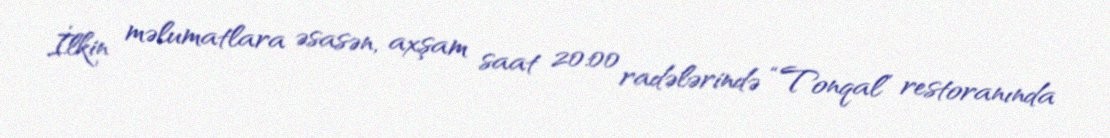
İlkin məlumatlara əsasən, axşam saat 20:00 radələrində “Tonqal” restoranında